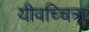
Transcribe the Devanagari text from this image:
यीवच्चित्रा